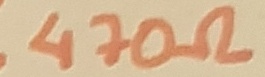
Text: 470Ω